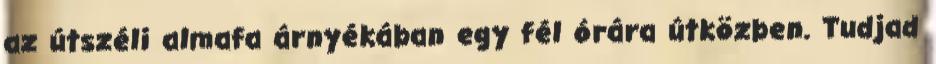
az útszéli almafa árnyékában egy fél órára útközben. Tudjad